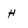
Character: H